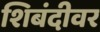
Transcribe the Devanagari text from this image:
शिबंदीवर